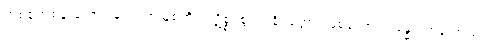
တစ်စုံတစ်ခု သော။ မူလံ၊ အမြစ်ကို။ ပဋိစ္စ၊ စွဲ၍။ နိဗ္ဗတ္တော၊ ဖြစ်သော။ ဂန္ဓော၊ အနံ့ တည်း။